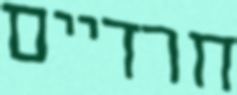
חרדיים